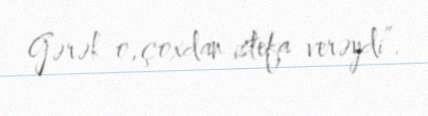
Gərək o, çoxdan istefa verəydi”.